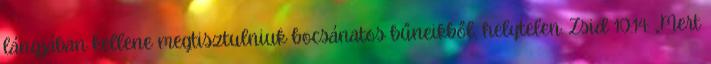
lángjában kellene megtisztulniuk bocsánatos bűneikből, helytelen. Zsid 10:14: „Mert